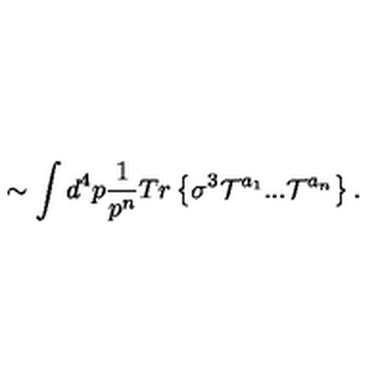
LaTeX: \sim \int d ^ { 4 } p \frac { 1 } { p ^ { n } } T r \left\{ \sigma ^ { 3 } { \cal T } ^ { a _ { 1 } } . . . { \cal T } ^ { a _ { n } } \right\} .